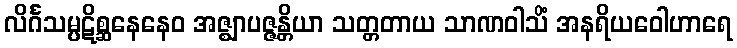
လိင်္ဂသမ္ပဋိစ္ဆနေနေဝ အဇ္ဈာပဇ္ဇန္တိယာ သတ္တတာယ သာဏဝါသိံ အနရိယဝေါဟာရေ